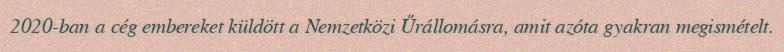
2020-ban a cég embereket küldött a Nemzetközi Űrállomásra, amit azóta gyakran megismételt.